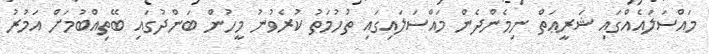
މައްސަލައެއްގައި ޝަރީޢަތް ނިމެންދެން މައްސަލައިގައި ތުހުމަތު ކުރެވުނު މީހުން ބަންދުގައި ބޭތިއްބުމަށް އަމުރު